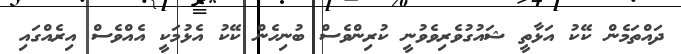
ދައްތަމެން ކޭކު އަޅާތީ ޝައުގުވެރިވެވުނީ ކުރިންވެސް ބުނިހެން ކޭކު އެޅުމަކީ އެއްވެސް އިރެއްގައި